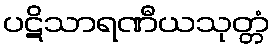
ပဋိသာရဏီယသုတ္တံ